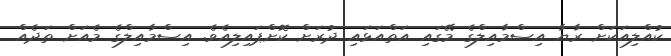
ކުއްލިއަކަށް ރާޔާ އިސްމާއިލްގެ މޭގައި އަތްއަޅައި ދުރަށް ކޮށްޕައިލިއެވެ. އިސްމާއިލްގެ މެއަށް ތަދެއް